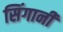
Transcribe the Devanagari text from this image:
सिंगानी